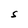
Character: S